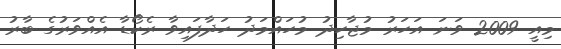
މިއީ 2009 ވަނަ އަހަރު މުޖާހިދު މުހައްމަދު ހަދާފައިވާ ރެކޯޑާ އެއްވަރުގެ ބާރު